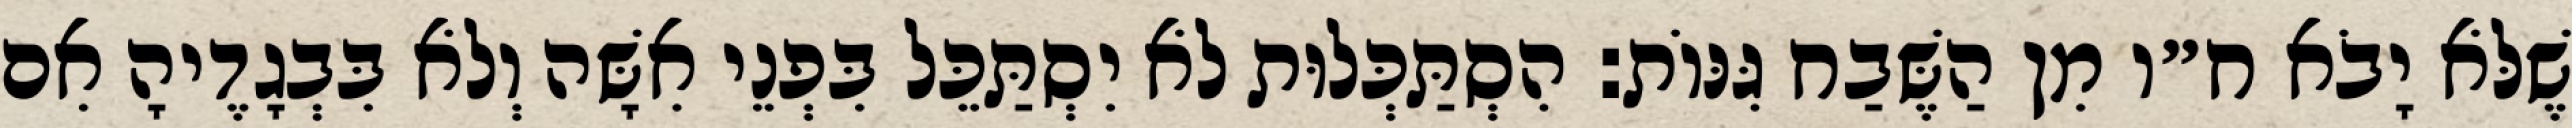
שֶׁלֹּא יָבֹא ח״ו מִן הַשֶּׁבַח גִּנּוֹת: הִסְתַּכְּלוּת לֹא יִסְתַּכֵּל בִּפְנֵי אִשָּׁה וְלֹא בִּבְגָדֶיהָ אִם